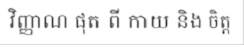
វិញ្ញាណ ផុត ពី កាយ និង ចិត្ត